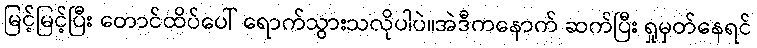
မြင့်မြင့်ပြီး တောင်ထိပ်ပေါ် ရောက်သွားသလိုပါပဲ။အဲဒီကနောက် ဆက်ပြီး ရှုမှတ်နေရင်